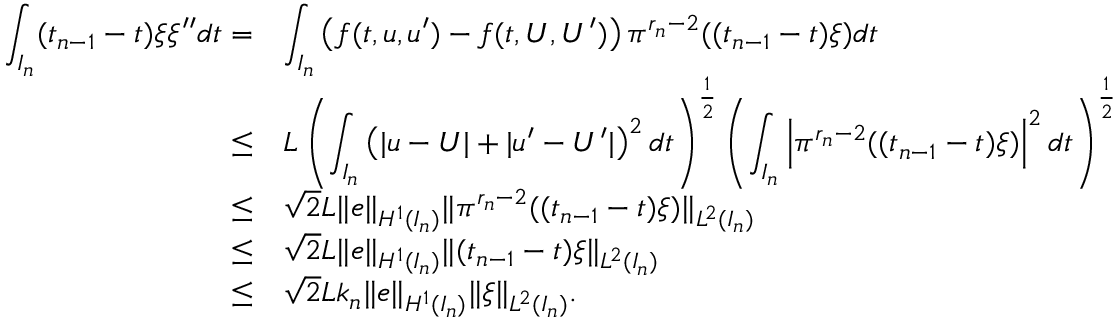
\begin{array} { r } { \begin{array} { r l } { \displaystyle \int _ { I _ { n } } ( t _ { n - 1 } - t ) \xi \xi ^ { \prime \prime } d t = } & { \displaystyle \int _ { I _ { n } } \left( f ( t , u , u ^ { \prime } ) - f ( t , U , U ^ { \prime } ) \right) \pi ^ { r _ { n } - 2 } ( ( t _ { n - 1 } - t ) \xi ) d t } \\ { \le } & { L \left( \displaystyle \int _ { I _ { n } } \left( | u - U | + | u ^ { \prime } - U ^ { \prime } | \right) ^ { 2 } d t \right) ^ { \frac { 1 } { 2 } } \left( \displaystyle \int _ { I _ { n } } \left| \pi ^ { r _ { n } - 2 } ( ( t _ { n - 1 } - t ) \xi ) \right| ^ { 2 } d t \right) ^ { \frac { 1 } { 2 } } } \\ { \le } & { \sqrt { 2 } L \| e \| _ { H ^ { 1 } ( I _ { n } ) } \| \pi ^ { r _ { n } - 2 } ( ( t _ { n - 1 } - t ) \xi ) \| _ { L ^ { 2 } ( I _ { n } ) } } \\ { \le } & { \sqrt { 2 } L \| e \| _ { H ^ { 1 } ( I _ { n } ) } \| ( t _ { n - 1 } - t ) \xi \| _ { L ^ { 2 } ( I _ { n } ) } } \\ { \le } & { \sqrt { 2 } L k _ { n } \| e \| _ { H ^ { 1 } ( I _ { n } ) } \| \xi \| _ { L ^ { 2 } ( I _ { n } ) } . } \end{array} } \end{array}